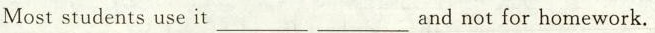
Moststudents use it_________ _________and not for homework.